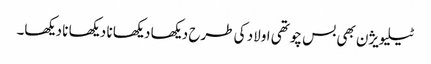
ٹیلیویژن بھی بس چوتھی اولاد کی طرح دیکھا دیکھا نا دیکھا نا دیکھا۔